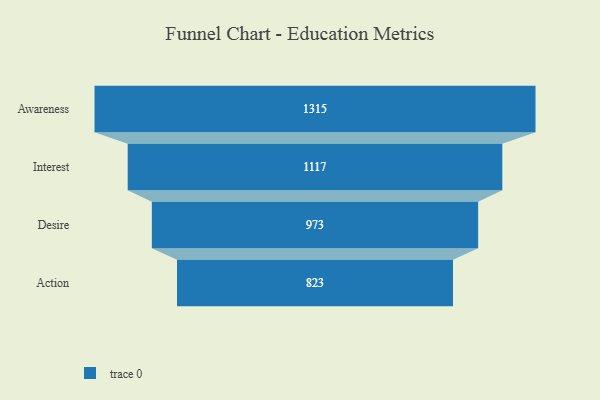
{"axis": {"x": "Stage", "y": "Value"}, "legend": [""], "data": [{"x": "Awareness", "y": 1315.0, "type": ""}, {"x": "Interest", "y": 1117.0, "type": ""}, {"x": "Desire", "y": 973.0, "type": ""}, {"x": "Action", "y": 823.0, "type": ""}]}